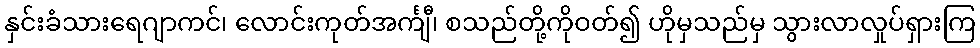
နှင်းခံသားရေဂျာကင်၊ လောင်းကုတ်အင်္ကျီ၊ စသည်တို့ကိုဝတ်၍ ဟိုမှသည်မှ သွားလာလှုပ်ရှားကြ